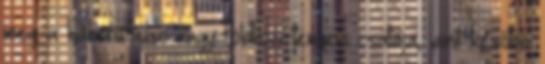
meg a háború első nagy földközi-tengeri csatája, amit később